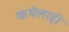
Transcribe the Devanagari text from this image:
कथेलाही